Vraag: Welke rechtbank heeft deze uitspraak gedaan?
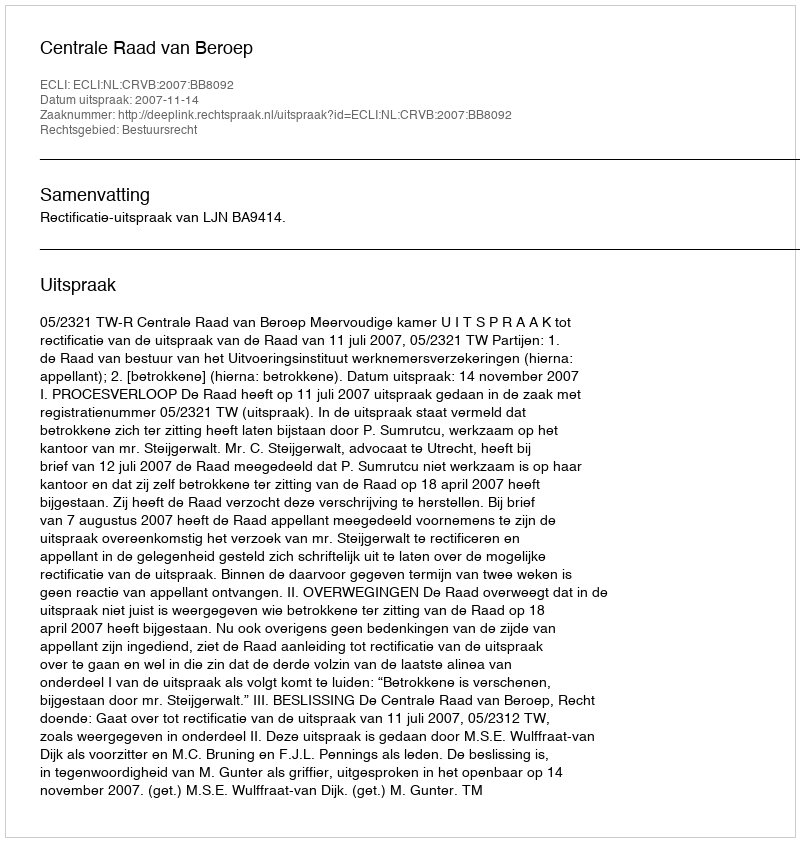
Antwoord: Centrale Raad van Beroep